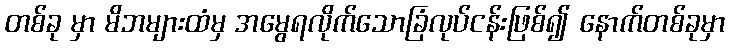
တစ်ခု မှာ မိဘများထံမှ အမွေရလိုက်သောခြံလုပ်ငန်းဖြစ်၍ နောက်တစ်ခုမှာ